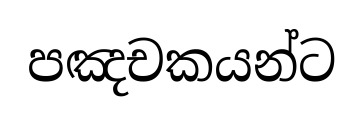
පඤචකයන්ට